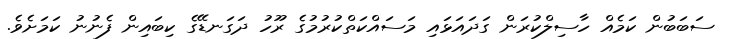
ސަބަބުން ކަމެއް ހާސިލްކުރަން ގަދައަޅައި މަސައްކަތްކުރުމުގެ ރޫހު ދަގަނޑޭގެ ކިބައިން ފެނުނު ކަމަށެވެ.